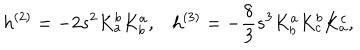
LaTeX: h ^ { ( 2 ) } = - 2 s ^ { 2 } K _ { a } ^ { b } K _ { b } ^ { a } , h ^ { ( 3 ) } = - \frac { 8 } { 3 } s ^ { 3 } K _ { b } ^ { a } K _ { c } ^ { b } K _ { a } ^ { c } ,